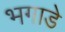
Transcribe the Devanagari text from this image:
भगाडे